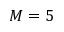
M = 5